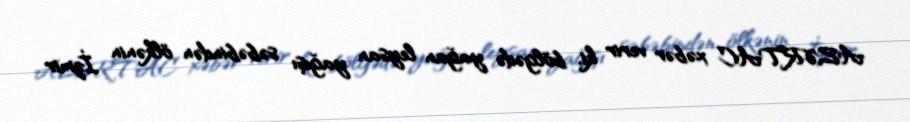
AZƏRTAC xəbər verir ki, bölgədə yağan leysan yağışı səbəbindən ölkənin İzmir